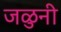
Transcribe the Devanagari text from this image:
जळुनी